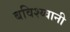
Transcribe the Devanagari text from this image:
बविश्य्वानी